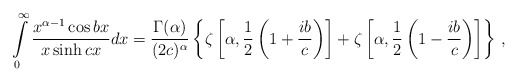
\begin{align*}\int\limits_{0}^{\infty} \frac{x^{\alpha - 1} \cos{bx}}{x\sinh{c x}}dx = \frac{\Gamma (\alpha )}{(2c)^{\alpha}}\left\{ \zeta \left[\alpha ,\frac{1}{2}\left( 1+\frac{ib}{c}\right) \right] + \zeta \left[\alpha ,\frac{1}{2}\left( 1-\frac{ib}{c}\right) \right] \right\}\,,\end{align*}